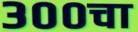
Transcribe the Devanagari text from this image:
३००चा